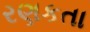
રણકતા